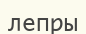
лепры